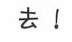
去！